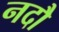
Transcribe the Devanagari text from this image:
नदौ